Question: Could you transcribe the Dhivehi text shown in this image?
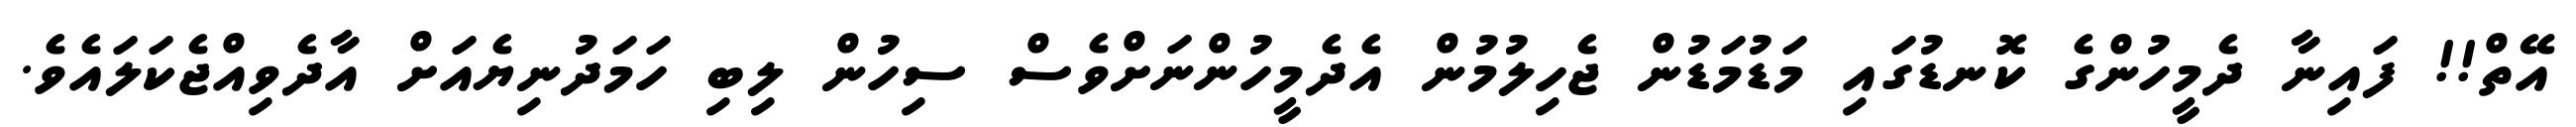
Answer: އޭތް!! ފައިނާ ދެމީހުންގެ ކޮނޑުގައި މަޑުމަޑުން ޖެހިލުމުން އެދެމީހުންނަށްވެސް ސިހުން ލިބި ހަމަދުނިޔެއަށް އާދެވިއްޖެކަލައެވެ.